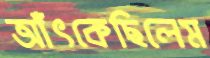
আঁৎকেছিলেম